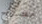
مصباح